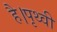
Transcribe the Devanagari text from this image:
है।पृथ्वी